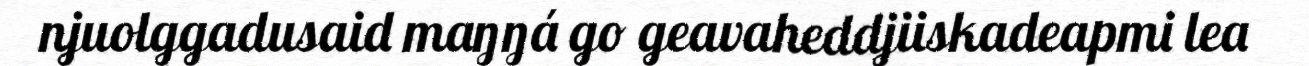
njuolggadusaid maŋŋá go geavaheddjiiskadeapmi lea